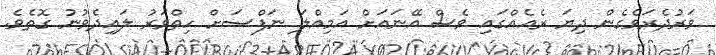
ވަރުދެރަވެގެން ދިޔަ ރެއެއްގައި ވެސް އޭނައަށް އަމިއްލަ ނަފްސަށް ހިތްވަރު ލައިދެވުނު ގޮތެވެ.